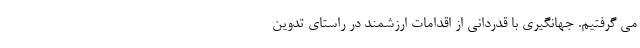
می گرفتیم. جهانگیری با قدردانی از اقدامات ارزشمند در راستای تدوین